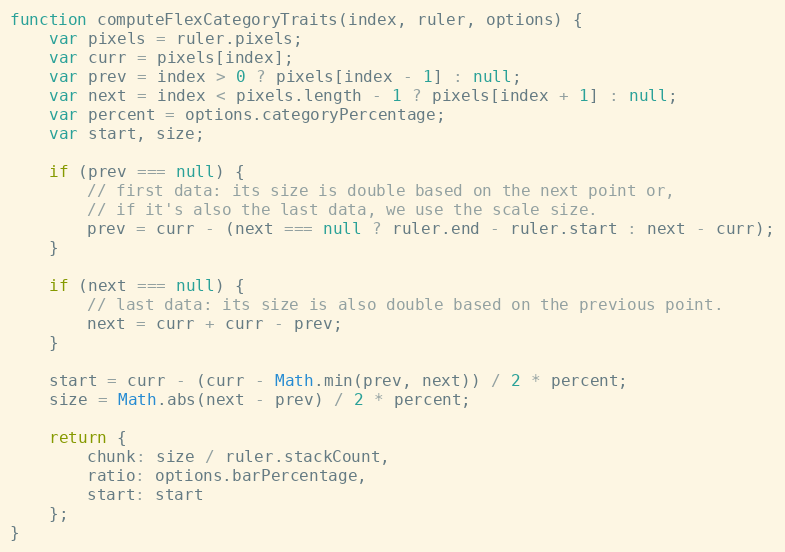
Language: JavaScript
function computeFlexCategoryTraits(index, ruler, options) {
	var pixels = ruler.pixels;
	var curr = pixels[index];
	var prev = index > 0 ? pixels[index - 1] : null;
	var next = index < pixels.length - 1 ? pixels[index + 1] : null;
	var percent = options.categoryPercentage;
	var start, size;

	if (prev === null) {
		// first data: its size is double based on the next point or,
		// if it's also the last data, we use the scale size.
		prev = curr - (next === null ? ruler.end - ruler.start : next - curr);
	}

	if (next === null) {
		// last data: its size is also double based on the previous point.
		next = curr + curr - prev;
	}

	start = curr - (curr - Math.min(prev, next)) / 2 * percent;
	size = Math.abs(next - prev) / 2 * percent;

	return {
		chunk: size / ruler.stackCount,
		ratio: options.barPercentage,
		start: start
	};
}